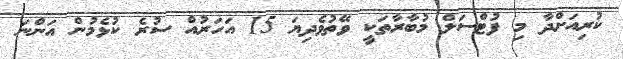
ކުރިއަށްދާ މި ފުޓްސަލް މުބާރާތަކީ ވޭތުވެދިޔަ 15 އަހަރުއް ސުރެ ކުޅެމުން އަންނަ